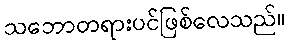
သဘောတရားပင်ဖြစ်လေသည်။